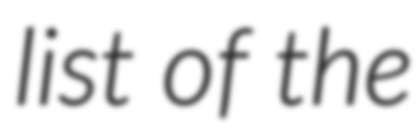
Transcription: list of the